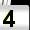
Digit: 4